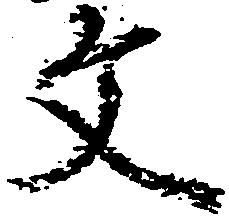
文